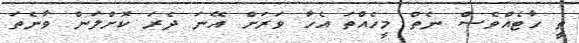
ތީ ހާޓެއްވެސް ނެތް މީހެއްތަ އެހާ ވަރަށް އޭނަ ދެރަ ކޮށްލަން ވާނެތަ